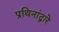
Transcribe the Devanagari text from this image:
प्रथिनांद्वारे